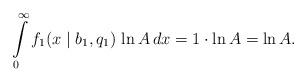
LaTeX: \begin{align*}\int\limits_{0}^{\infty} f_1(x \mid b_1, q_1) \, \ln A \, dx = 1 \cdot \ln A = \ln A.\end{align*}